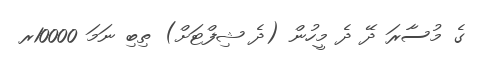
ގެ މުސާރަ ދޭ ދެ މީހުން (ދެ ޝިފްޓަށް) ތިބި ނަމަ 10000ރ